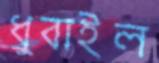
ধুবাইল